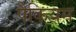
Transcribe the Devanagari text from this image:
पैकियम